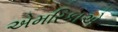
એમરિકાએ